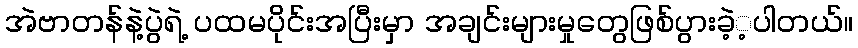
အဲဗာတန်နဲ့ပွဲရဲ့ ပထမပိုင်းအပြီးမှာ အချင်းများမှုတွေဖြစ်ပွားခဲ့့ပါတယ်။